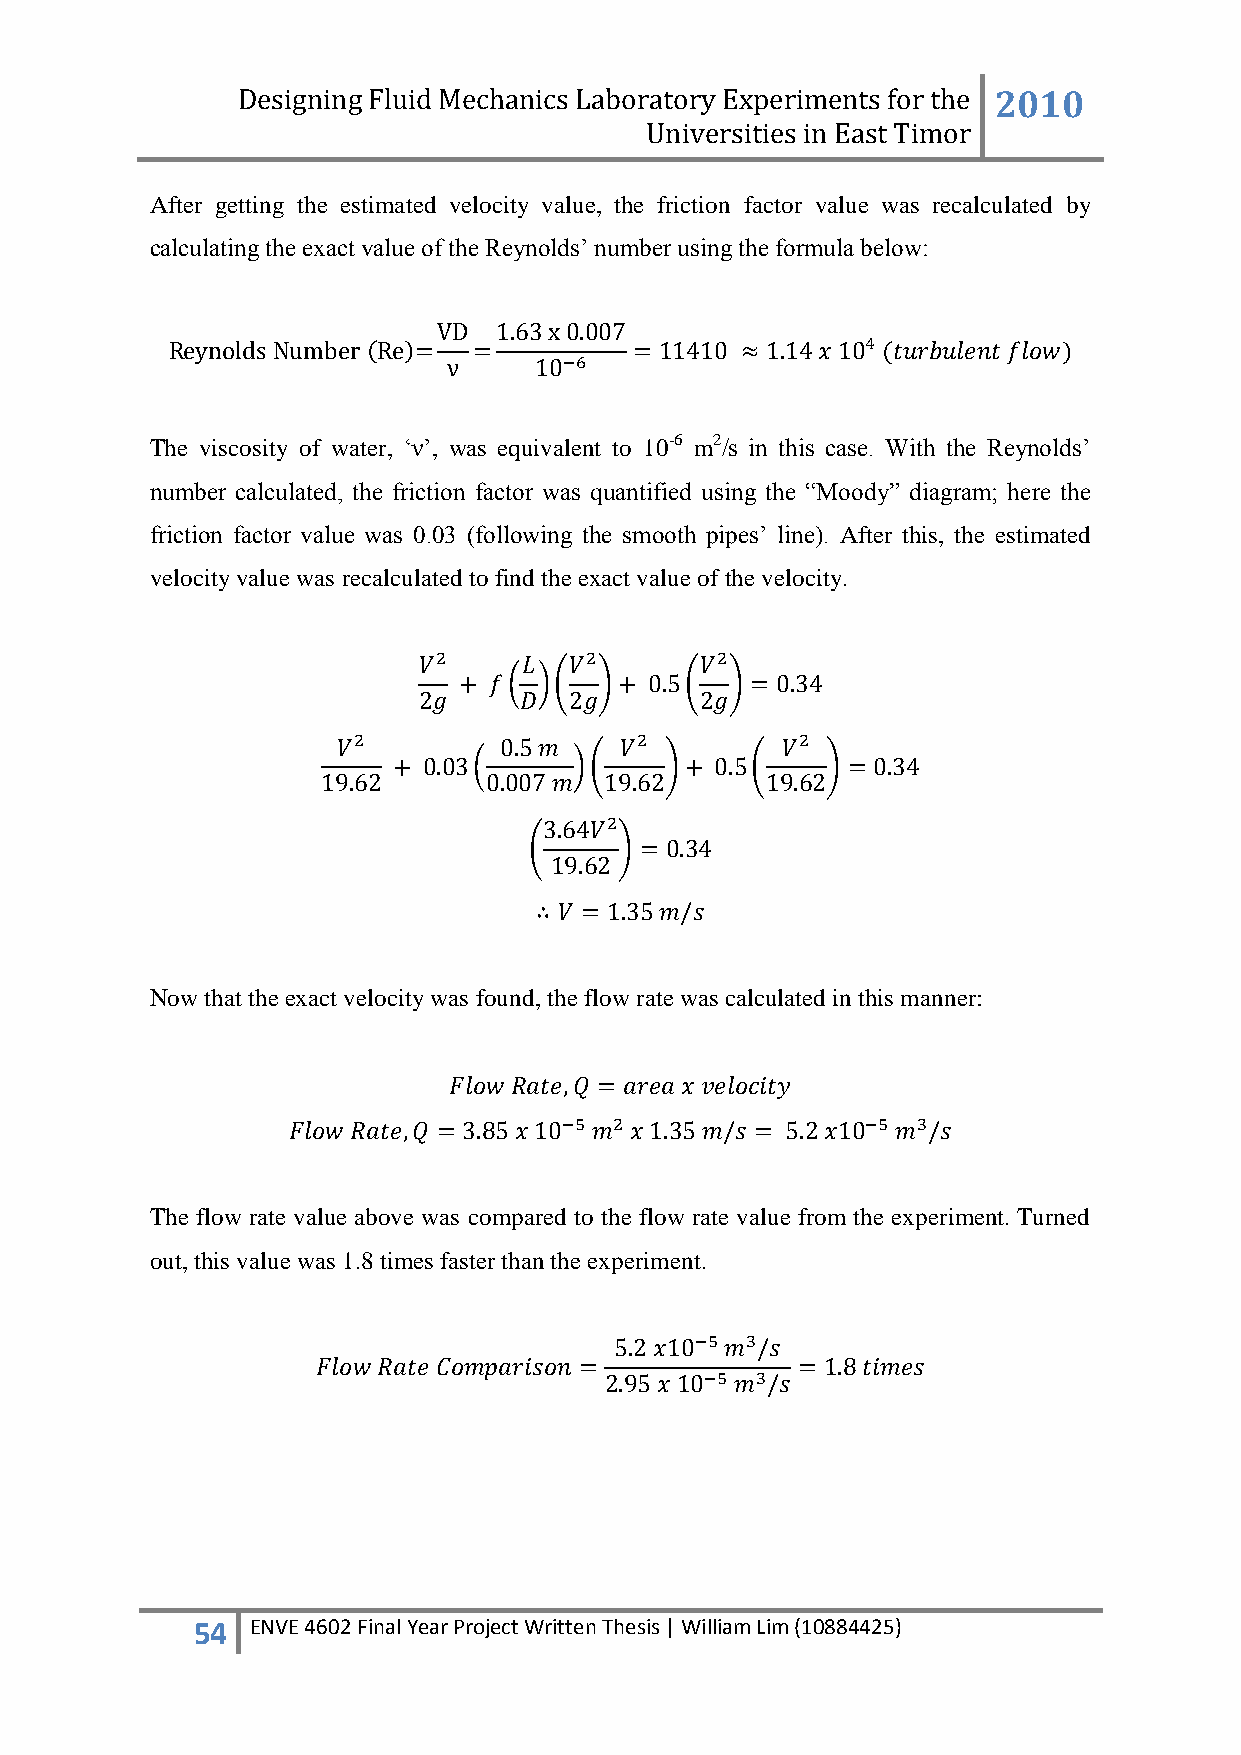
Designing Fluid Mechanics Laboratory Experiments for the 2010
 Universities in East Timor
 After getting the estimated velocity value, the friction factor value was recalculated by
 calculating the exact value of the Reynolds‟ number using the formula below:
 The viscosity of water, „ν‟, was equivalent to 10-6 m2/s in this case. With the Reynolds‟
 number calculated, the friction factor was quantified using the “Moody” diagram; here the
 friction factor value was 0.03 (following the smooth pipes‟ line). After this, the estimated
 velocity value was recalculated to find the exact value of the velocity.
 Now that the exact velocity was found, the flow rate was calculated in this manner:
 The flow rate value above was compared to the flow rate value from the experiment. Turned
 out, this value was 1.8 times faster than the experiment.
 54  ENVE 4602 Final Year Project Written Thesis | William Lim (10884425)